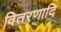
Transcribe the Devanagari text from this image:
वितरणादि